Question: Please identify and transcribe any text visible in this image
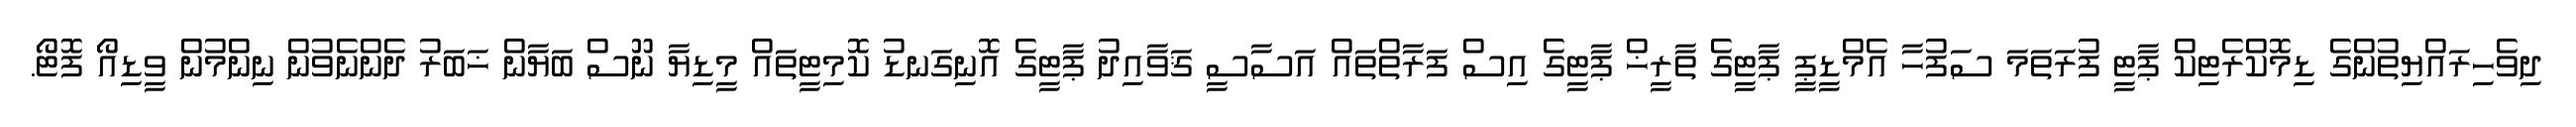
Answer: ދިވެހިރައްޔިތުންގެ ޑިމޮކްރެޓިކް ޕާޓީ ފުރަތަމަ ސަފުހާ އެމްޑީޕީ ޕާޓީގެ ތާރީޚް ޕާޓީގެ އިސް ފަރާތްތައް އަސާސީ ޤަވާއިދު ޕާޓީގެ އޮނިގަނޑު ކޮމިޓީތައް މީޑިޔާ ނޫސް ބަޔާން ޚަބަރު ދެންނެވުން ނިންމުން ވީޑިއޯ ފޮޓޯ.